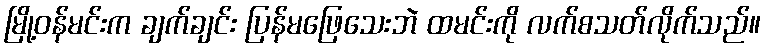
မြို့ဝန်မင်းက ချက်ချင်း ပြန်မဖြေသေးဘဲ ထမင်းကို လက်စသတ်လိုက်သည်။